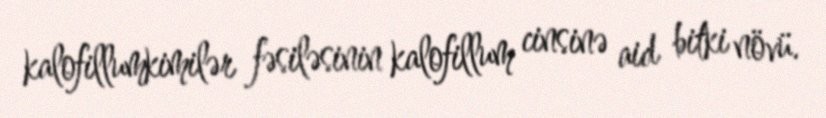
kalofillumkimilər fəsiləsinin kalofillum cinsinə aid bitki növü.